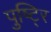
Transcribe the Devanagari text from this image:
पुष्टि्र